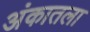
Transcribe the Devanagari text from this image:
अंकातला